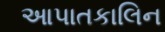
આપાતકાલિન